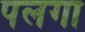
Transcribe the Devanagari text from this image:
पलगा